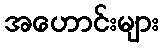
အဟောင်းများ